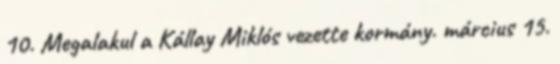
10. Megalakul a Kállay Miklós vezette kormány. március 15.